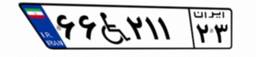
۶۶W۲۱۱۲۳